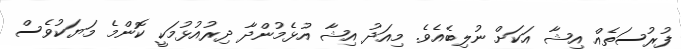
ފުރުސަތެއް އިޝާ އަކަށް ނުލިބެއެވެ. މިއަދު އިޝާ އުޅެމުންދާ ދިރުއުޅުމަކީ ކޮންމެ މަޔަކުވެސް